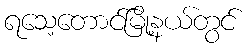
ရသေ့တောင်မြို့နယ်တွင်